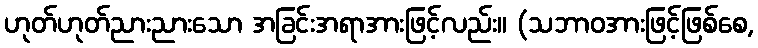
ဟုတ်ဟုတ်ညားညားသော အခြင်းအရာအားဖြင့်လည်း။ (သဘာဝအားဖြင့်ဖြစ်စေ,